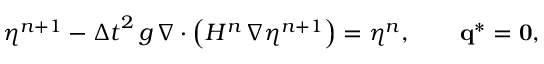
\eta ^ { n + 1 } - { \Delta t } ^ { 2 } \, g \, \nabla \cdot \left( H ^ { n } \, \nabla \eta ^ { n + 1 } \right) = \eta ^ { n } , \qquad \mathbf { q } ^ { * } = \mathbf { 0 } ,